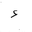
Letter: _hamza